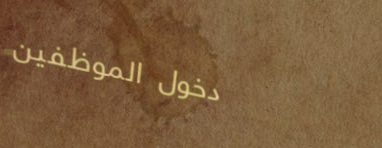
دخول الموظفين